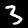
Digit: 3